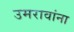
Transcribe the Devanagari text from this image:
उमरावांना